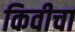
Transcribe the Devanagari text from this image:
किवीचा